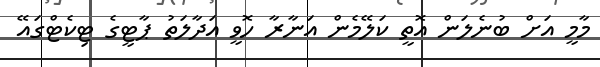
މާމީ އަށް ބުނެލަން އޮތީ ކަލޭމެން އަނާރާ ހޮވީ އަދާލަތު ޕާޓީގެ ޓިކެޓްގައޭ